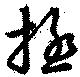
極